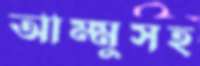
আম্মুসহ